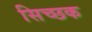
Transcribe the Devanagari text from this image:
सिच्‍छक